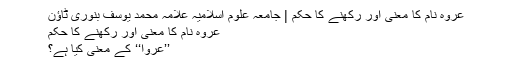
عروہ نام کا معنی اور رکھنے کا حکم | جامعہ علوم اسلامیہ علامہ محمد یوسف بنوری ٹاؤن
عروہ نام کا معنی اور رکھنے کا حکم
’’عروا‘‘ کے معنی کیا ہے؟